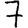
Digit: 7